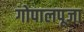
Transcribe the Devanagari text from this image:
गोपालपूजा